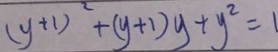
( y + 1 ) ^ { 2 } + ( y + 1 ) y + y ^ { 2 } = 1